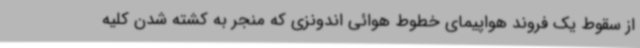
از سقوط یک فروند هواپیمای خطوط هوائی اندونزی که منجر به کشته شدن کلیه